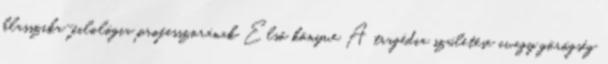
klasszika-filológia professzorának Első könyve A tragédia születése avagy görögség